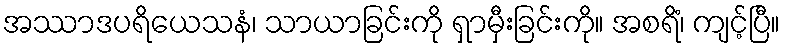
အဿာဒပရိယေသနံ၊ သာယာခြင်းကို ရှာမှီးခြင်းကို။ အစရိံ၊ ကျင့်ပြီ။